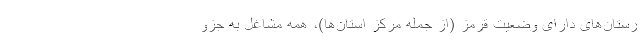
رستان‌های دارای وضعیت قرمز (از جمله مرکز استان‌ها)، همه مشاغل به جزو